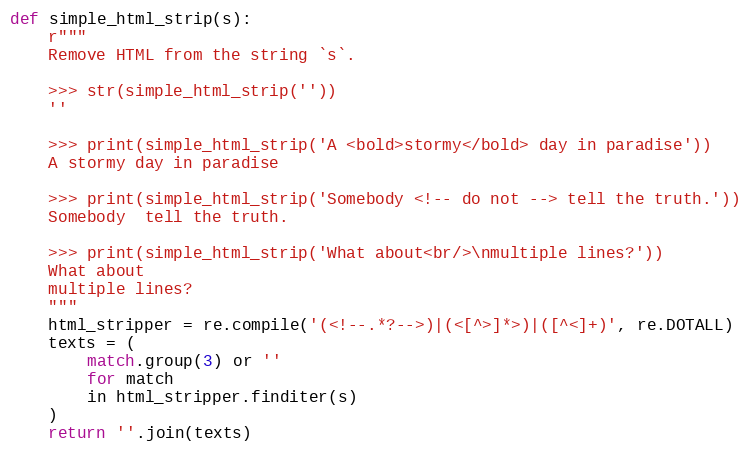
Language: Python
def simple_html_strip(s):
	r"""
	Remove HTML from the string `s`.

	>>> str(simple_html_strip(''))
	''

	>>> print(simple_html_strip('A <bold>stormy</bold> day in paradise'))
	A stormy day in paradise

	>>> print(simple_html_strip('Somebody <!-- do not --> tell the truth.'))
	Somebody  tell the truth.

	>>> print(simple_html_strip('What about<br/>\nmultiple lines?'))
	What about
	multiple lines?
	"""
	html_stripper = re.compile('(<!--.*?-->)|(<[^>]*>)|([^<]+)', re.DOTALL)
	texts = (
		match.group(3) or ''
		for match
		in html_stripper.finditer(s)
	)
	return ''.join(texts)